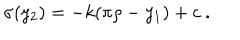
\sigma ( y _ { 2 } ) = - k ( \pi \rho - y _ { 1 } ) + c ~ . ~ \,